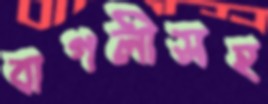
বাগলীসহ